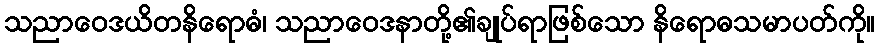
သညာဝေဒယိတနိရောဓံ၊ သညာဝေဒနာတို့၏ချုပ်ရာဖြစ်သော နိရောဓသမာပတ်ကို။